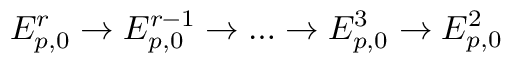
E _ { p , 0 } ^ { r } \to E _ { p , 0 } ^ { r - 1 } \to \dots \to E _ { p , 0 } ^ { 3 } \to E _ { p , 0 } ^ { 2 }